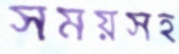
সময়সহ